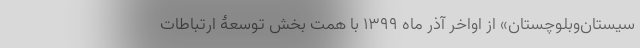
سیستان‌و‌بلوچستان» از اواخر آذر ماه ۱۳۹۹ با همت بخش توسعۀ ارتباطات